Annual report on the health of the army in India
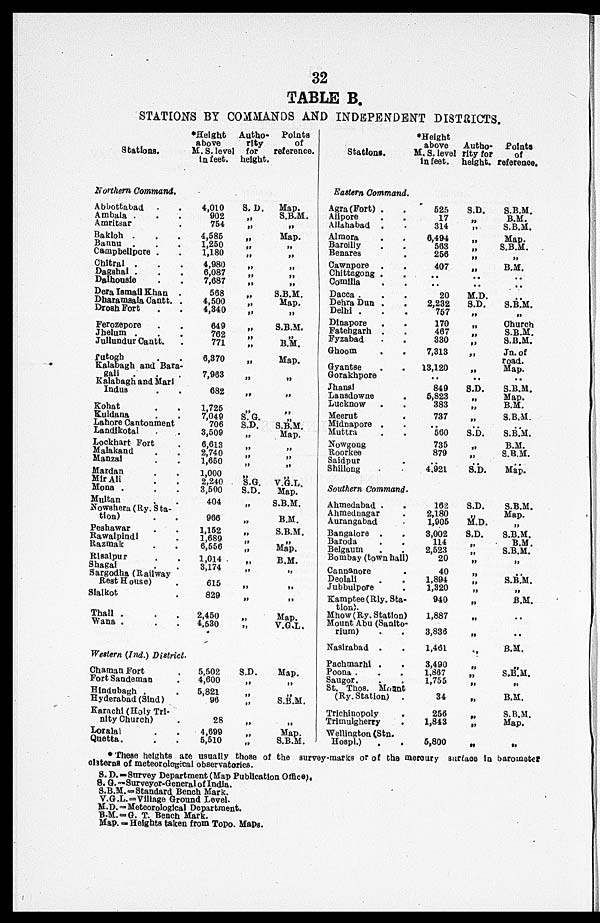
32
TABLE B.
STATIONS BY COMMANDS AND INDEPENDENT DISTRICTS.
Stations.
*Height
above
M. S. level
in feet.
Autho
rity
for
height.
Points
of
reference.
Stations.
*Height
above
M. S. level
in feet.
Autho
rity for
height.
Points
of
reference.
Northern Command .
Eastern Command .
Abbottabad .
4,010
S. D.
Map .
Agra (Fort)
525
S.D.
S.B.M.
Ambala .
.
902
„
S.B.M.
Alipore
.
.
17
„
B.M.
Amritsar
754
„
„
Allahabad .
.
314
„ S.B.M.
Bakloh . . .
4,585
„
Map.
Almora
.
.
6,494
„
Map.
Bannu .
.
.
1,250
„
„
Bareilly
.
.
563
„ S.B.M.
Campbellpore .
.
1,180
„ „
Benares
256
„
„
Chitral .
.
.
4,980
„
„ Cawnpore .
.
407
„
B.M.
Dagshal .
.
.
6,087
„
„ Chittagong .
.
. . ..
..
Dalhousie
.
.
7,687
„
„ Comilla
.
.
..
..
. .
Dera Ismail Khan .
568
„
S.B.M.
Dacca
. . .
20
M.D.
..
Dharamsala Cantt. .
4,500
„
Map.
Dehra Dun
. .
2,232
S.D.
S.B.M.
Drosh Fort
.
.
4,340
„
„
Delhi .
.
.
757
„
„
Dinapore .
.
170
„
Church
Ferozepore
.
649
„
S.B.M.
Fatehgarh .
.
467
„
S.B.M.
Jhelum .
. .
762
„ „
Fyzabad
. .
330
„ S.B.M.
Jullundur Cantt.
.
771
„
B.M.
Ghoom
. .
7,313
„ Jn. of
road.
Tutogh.
.
6,370
„
Map.
Gyantse
.
.
13,120
„
Map.
Kalabagh and Bara
¬gali .
.
.
7,963
„
„
Gorakhpore
. . .
. .
. .
Kalabagh and Mari
Indus
682
„
„
Jhansi
849
S.D.
S.B.M.
Lansdowne
.
5,823
„
Map.
Lucknow .
.
383
„
B.M.
Kohat
. .
1,725
„
„
Meerut
737
„ S.B.M.
Kuldana
.
.
7,049
S.G.
„
Midnapore .
.
. . ..
..
Lahore Cantonment
706
S.D.
S.B.M.
Muttra
.
.
560
S.D.
S.B.M.
Landikotal
.
3,509
„
Map.
Lockhart Fort
.
6,613
„
„ Nowgong
735
„
B.M.
Roorkee
879
„
S.B.M.
Malakand
.
.
2,740
„
„ Saidpur
. . ..
..
Manzai
.
.
1,650
„
„
S h i l l o n g
4.921
S.D.
Map.
M a r d a n .
.
1,000
„
„
Mir Ali
.
.
2,240
S.G. V.G.L.
Southern Command.
Mona .
.
.
3,500
S.D.
Map.
Multan.
404
„
S.B.M.
Ahmedabad .
.
162
S.D.
S.B.M.
Nowshera (Ry.Sta
¬tion)
966
„
B.M.
Ahmednagar
.
2,180
„
Map.
Aurangabad
.
1,905
M . D .
Peshawar
.
.
1,152
„
S.B.M.
Bangalore .
.
3,002
S.D.
S.B.M.
Rawalpindi
.
1,689
„
„
Baroda
.
.
114
„
B.M.
Razmak
.
.
6,556
„
Map.
Belgaum
.
2,523
„
S.B.M.
Risalpur
.
.
1,014
„
B.M.
Bombay (town hall)
20
„
„
Shagal
.
3,174
„
„ Cannanore
.
40
„
. .
Sargodha (Railway
Rest House)
.
615
„
„
Deolali
.
.
1,894
„
S.B.M
Jubbulpore
.
1,320
„
„
Sialkot
.
829
„
„
Kamptee (Rly. Sta
tion).
940
„
B.M.
Thall .
.
.
2,450
„
Map.
Mhow (Ry. Station)
1,887
„
. .
Mount Abu (Sanito
rium)
.
.
3,836
„
. .
Wana .
.
.
4,530
„
V.G.L.
Nasirabad .
.
1,461
„
B.M.
Westen (Ind.) District.
Pachmarhi .
.
3,490
„
..
Chaman Fort
.
5,502
S.D.
Map.
Poona .
.
.
1,867
S.B.M
Saugor..
.
1,755
„
„
Fort Sandeman
.
4,600
„
„
St. Thos. Mount
(Ry. Station) .
34
„
B.M.
Hindubagh .
.
5,821
Hyderabad (Sind)
96
„
S.B.M.
Karachi (Holy Tri
nity Church)
.
28
„
„
Trichinopoly
.
256
„
S.B.M.
Trimulgherry
.
1,843
„
Map.
Loralai
. .
4,699
„
Map.
Wellington (Stn.
Hospl.)
.
.
5,800
„
„
Quetta.
. .
5,510
„
S.B.M.
*These heights are usually those of the survey-marks or of the mercury surface in barometer
clsterns of meteorological observatories.
S. D. = Survey Department (Map Publication Office)
.
S. G. = Surveyor-General of India.
S.B.M. = Standard Bench Mark.
V.G.L.= Village Ground Level.
M.D. = Meteorological Department.
B.M. = G. T. Bench Mark.
Map. = Heights taken from Topo. Maps.